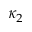
\kappa _ { 2 }